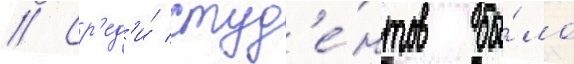
// Ср'ед'и́ студ'е́нтов бы́ло